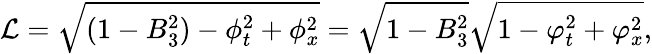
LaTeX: {\cal L}=\sqrt{(1-B_{3}^{2})-\phi_{t}^{2}+\phi_{x}^{2}}=\sqrt{1-B_{3}^{2}}\sqrt{1-\varphi_{t}^{2}+\varphi_{x}^{2}},